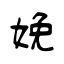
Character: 娩